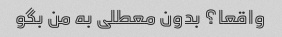
واقعا؟ بدون معطلی به من بگو